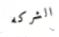
الشركه